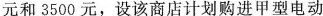
元和3500元，设该商店计划购进甲型电动